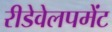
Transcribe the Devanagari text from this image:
रीडेवेलपमेंट